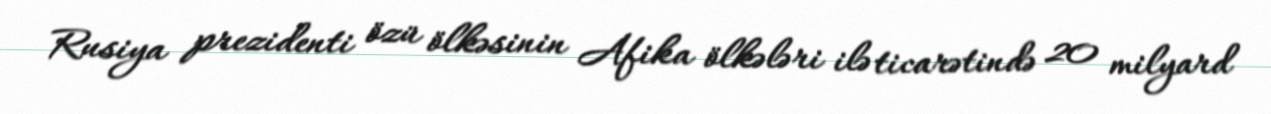
Rusiya prezidenti özü ölkəsinin Afika ölkələri ilə ticarətində 20 milyard